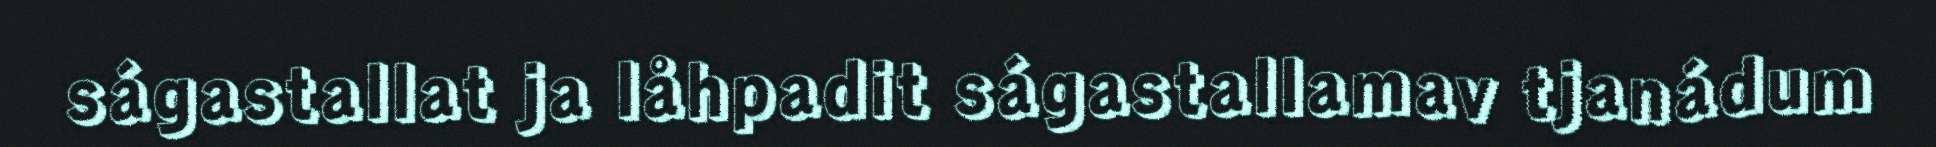
ságastallat ja låhpadit ságastallamav tjanádum